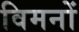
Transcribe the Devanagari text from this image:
विमनों